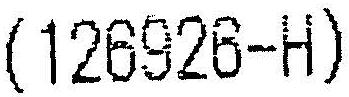
(126926-H)